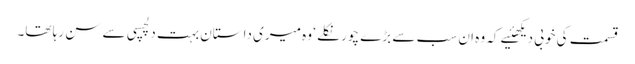
قسمت کی خوبی دیکھئیے کہ وہ ان سب سے بڑے چور نکلے ‘ وہ میری داستان بہت دلچسپی سے سن رہا تھا۔